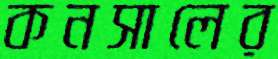
কনসালের